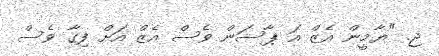
ޖ. "ޔާމީން އެޒް އަ ޕާސަން ވެސް އެޒް އަށް ފިގާ ވެސް